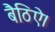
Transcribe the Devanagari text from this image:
बैठिऐ।